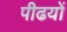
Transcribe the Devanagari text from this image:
पीढयों